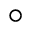
\circ